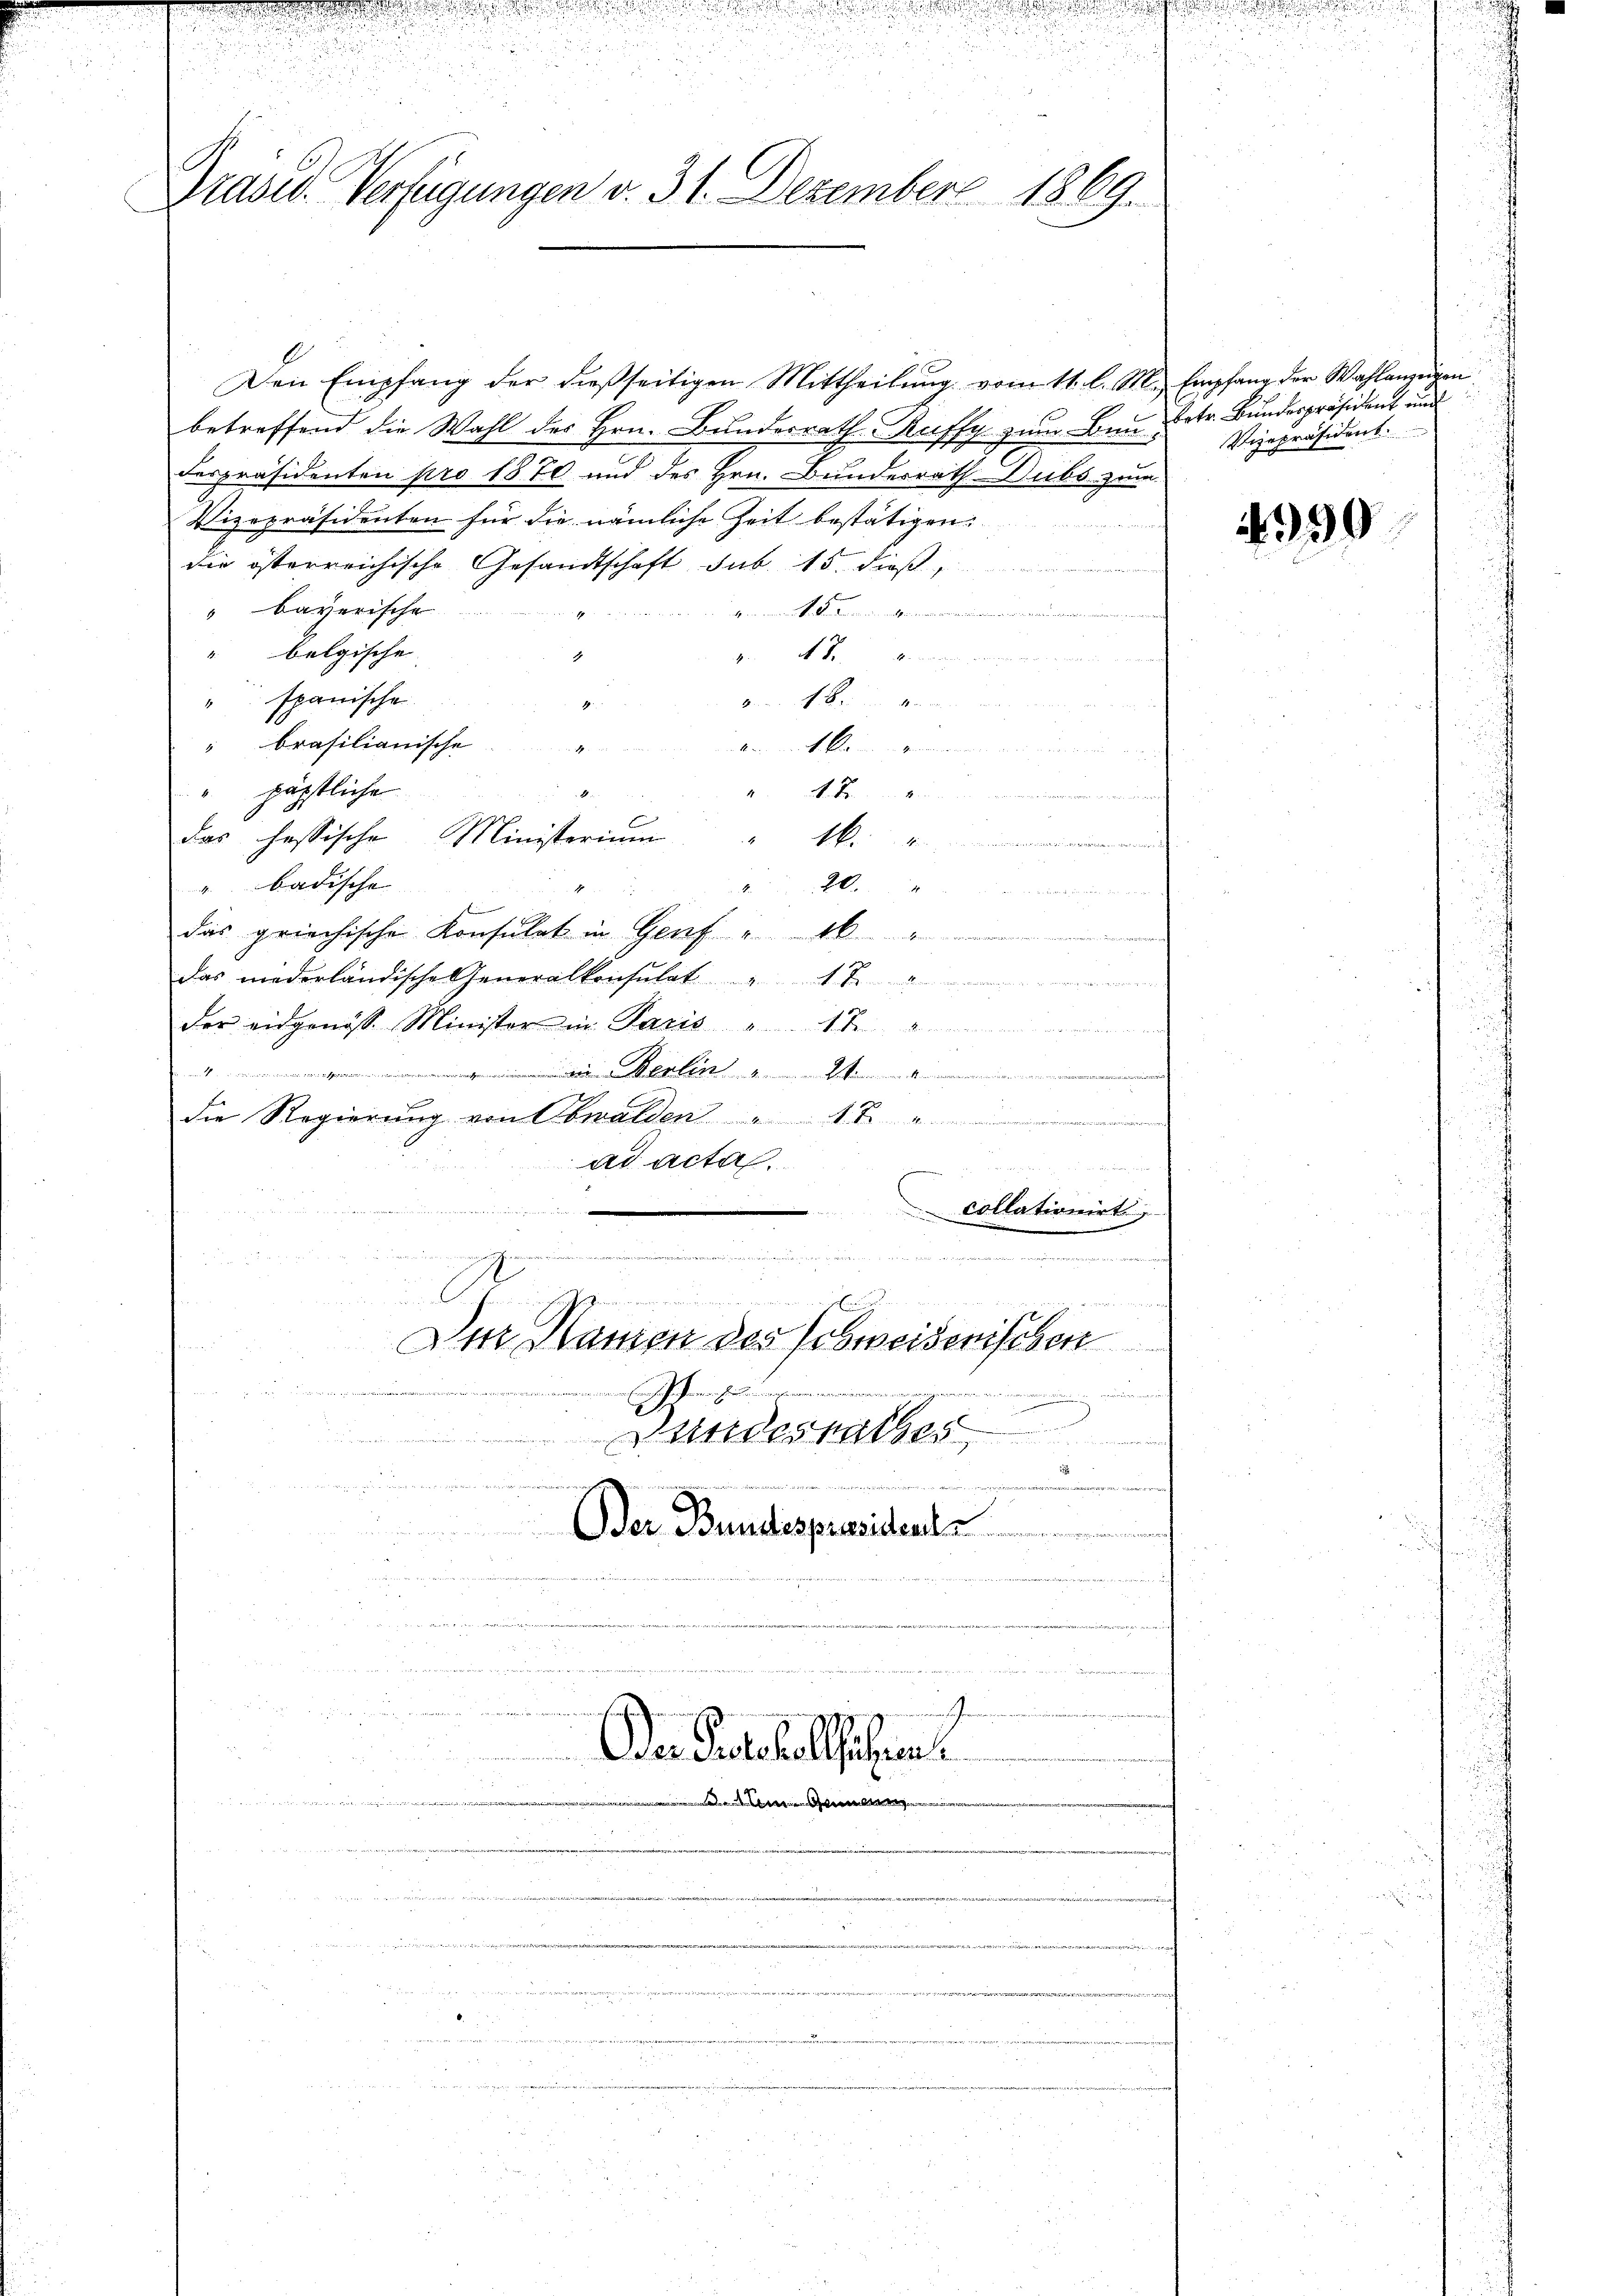
Præses. Verfügungen v. 31. Dezember 1869.

betreffend die Wahl des Hrn. Bundesrath Ruffy zum Bau, betr. Bundespräsident und
despräsidenten pro 1870 und des Hrn. Bundesrath Dubs zum
Vizepräsidenten für die nämliche Zeit bestätigen.
die österreichische Gesandtschaft sub 15. dieß
" bayerische
.
" belgische
a. f. In werden, der in den in verwandt
" spanische
Von den im Namen und wenn in de
brasilianische
4
wenn mit kommen gemeinen an an den den
" päpstliche
Sitten, in die in einen
das hessische Ministerium
Mr die einen werdenen

". badische
ben werden in den
A
das griechische Konsulat in Genf
das niederländische Generalkonsulat
der eidgenöss. Minister in Paris
e
 Benten M
Le
die Regierung von Obwalden
ad acta.
 d

collationirt
27 e
ritieren die andesrat
.
Scheinigen
Pendarmengen
g
Der Namen des Schweisenischen

Eiche Gemein hiesinnern in anzungen minum in einen
x

Bundesrathes
.
.
e
Oder Bundespräsidents

  der Botenen a

Berner Seiten einen mit einen eine
u

e

u

.
Der Protokollführen.

Den Empfang der dießseitigen Mittheilŭng vom 11. l. M. Empfang der Wahlanzeigen

l

Vizepräsident.

4999